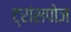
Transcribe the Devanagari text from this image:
ट्रांसपोज